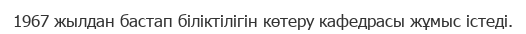
1967 жылдан бастап біліктілігін көтеру кафедрасы жұмыс істеді.